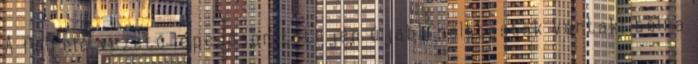
A felfelé vezető lépcsősor tetején újabb holttestek vártak; balra